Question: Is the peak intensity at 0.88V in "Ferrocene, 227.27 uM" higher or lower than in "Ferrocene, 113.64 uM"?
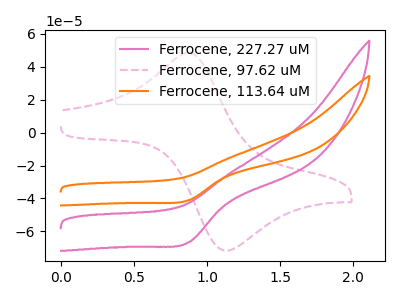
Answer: <think>The pink curve "Ferrocene, 227.27 uM" has a cathodic peak at: (0.90V, -66.65uA). The pink dashed curve "Ferrocene, 97.62 uM" has an anodic peak at (0.90V, 48.50uA) and a cathodic peak at (1.15V, -71.80uA). The orange curve "Ferrocene, 113.64 uM" has a cathodic peak at: (0.90V, -41.05uA).</think>
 <answer>The peak at 0.88V is higher in "Ferrocene, 227.27 uM" than in "Ferrocene, 113.64 uM".</answer>
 <eval>higher</eval>